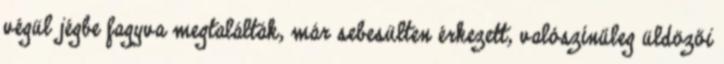
végül jégbe fagyva megtalálták, már sebesülten érkezett, valószínűleg üldözői